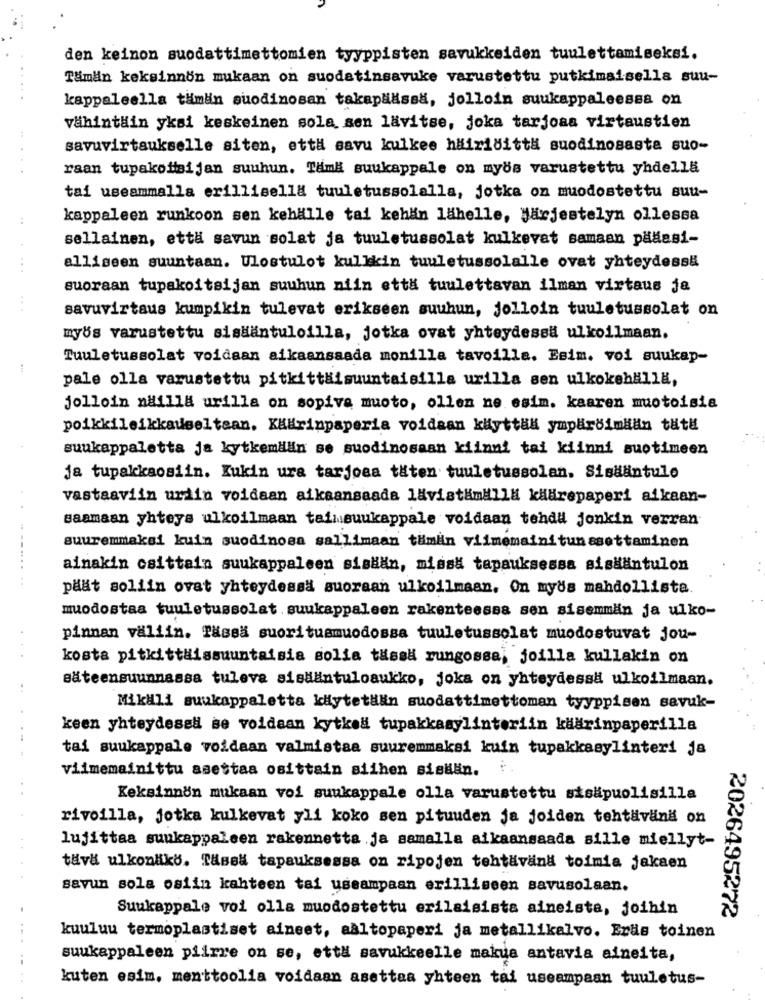
den keinon suodattimettomien tyyppisten savukkeiden tuulettamiseksi.
Tämän keksinnön mukaan on suodatinsavuke varustettu putkimaisella suu-
kappaleella tämän suodinosan takapääissa, jolloin suukappaleessa on
vähintäin yksi keskeinen sola sen lävitse, joka tarjoaa virtaustien
savuvirtaukselle siten, että savu kulkee hairiditt# suodinosasta suo-
raan tupakofisijan suuhun. Tam# suukappale on myös varustettu yhdella
tai useammalla erillisella tuuletussolalla, jotka on muodostettu suu-
..
kappaleen runkoon sen kehälle tai kehän lähelle, Järjestelyn ollessa
sellainen, että savun solat ja tuuletussolat kulkevat samaan pääasi-
...
alliseen suuntaan. Ulostulot kulkkin tuuletussolalle ovat yhteydessä
suoraan tupakoitsijan suuhun niin etta tuulettavan ilman virtaus ja
savuvirtaus kumpikin tulevat erikseen suuhun, jolloin tuuletussolat on
myös varustettu sisHantuloilla, jotka ovat yhteydessa ulkoilmaan.
Tuuletussolat voidaan aikaansaada monilla tavoilla. Esim. voi suukap-
:
pale olla varustettu pitkittäisuuntaisilla urilla sen ulkokehäll8,
jolloin nailla urille on sopiva muoto, ollen ne esim. kaaren muotoisia
poikkileikkauseltaan. Käärinpaperia voidaan käyttää ympäröimHän tätü
suukappaletta ja kytkemdan se suodinosaan kiinni tai kiinni suotimeen
Ja tupakkaosiin. Kukin ura tarjoaa täten tuuletussolan. Sisdantulo
vastaaviin urdin voidaan aikaansaada lavistamall# käärepaperi aikaan-
saamaan yhteys ulkoilmaan taimsuukappale voidaan tehdi jonkin verran
suuremmaksi kuin suodinosa sallimaan tumin viimemainitunesettaminen
ainakin osittain suukappaleen sisään, missä tapauksessa sisääntulon
päät soliin ovat yhteydessä suoraan ulkoilmaan. On myös mahdollista.
muodostaa tuuletussolat .suukappaleen rakenteessa sen sisemmän ja ulko-
pinnan valiin. Tassa suoritusmuodossa tuuletussolat muodostuvat jou-
kosta pitkittäissuuntaisia solia tässä rungossa, joilla kullakin on
säteensuunnassa tuleve sisdantuloaukko, joka on yhteydessa ulkoilmaan.
..
Mikali suukappaletta kiytetikin suodattimettoman tyyppisen savuk-
keen yhteydessl se voidaan kytked tupakkasylinteriin käärinpaperilla
tai suukappale voldaan valmistaa suuremmaksi kuin tupakkasylinteri ja
viimemainittu asestas osittain siihen siskin.
Keksinnön mukaan voi suukappale olla varustettu stsäpuolisilla
rivoilla, jotka kulkevat yli koko sen pituuden ja joiden tehtävänä on
lujittaa suukappaleen rakennetta ja samalla aikaansaada sille miellyt-
täva ulkonako. Tassa tapauksessa on ripojen tehtävand toimia jakaen
savun sola osiin kahteen tai useampaan erilliseen savusolaan.
Suukappale voi olla muodostettu erilaisista aineista, joihin
2026495272
kuuluu termoplastiset aineet, aaltopaperi ja metallikalvo. Erds toinen
suukappaleen piirre on se, että savukkeelle makua antavia aineita,
kuten esim, menttoolia voidaan asettaa yhteen tai useampaan tuuletus-